Report on vaccination proceedings throughout the Government of Bengal -
Year: 1868
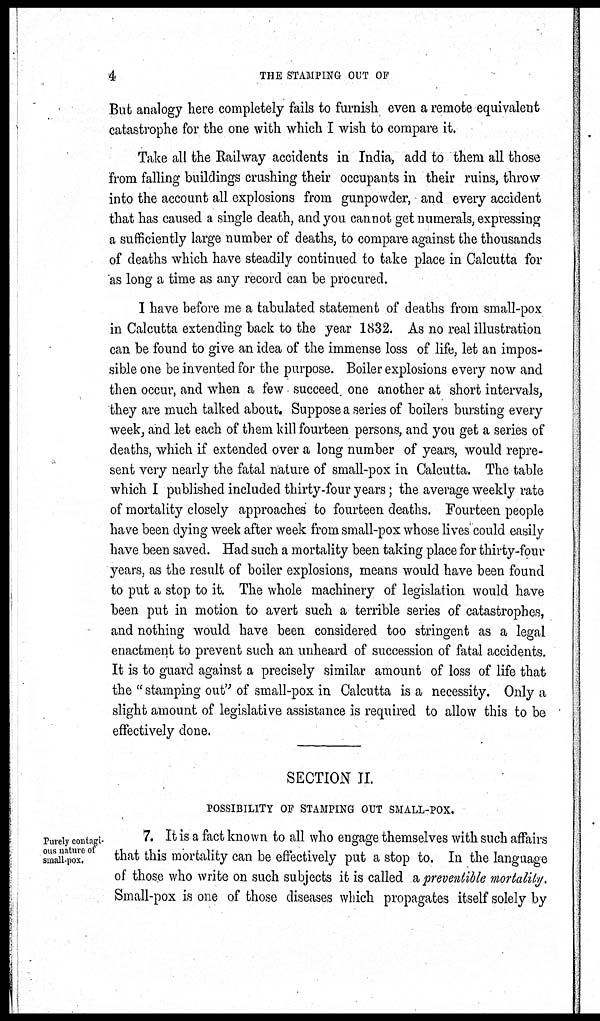
4.
THE STAMPING OUT OF
But analogy here completely fails to furnish even a remote equivalent
catastrophe for the one with which I wish to compare it.
Take all the Railway accidents in India, add to them all those
from falling buildings crushing their occupants in their ruins, throw
into the account all explosions from gunpowder, and every accident
that has caused a single death, and you cannot get numerals, expressing
a sufficiently large number of deaths, to compare against the thousands
of deaths which have steadily continued to take place in Calcutta for
as long a time as any record can be procured.
I have before me a tabulated statement of deaths from small-pox
in Calcutta extending back to the year 1832. As no real illustration
can be found to give an idea of the immense loss of life, let an impos-
sible one be invented for the purpose. Boiler explosions every now and
then occur, and when a few succeed one another at short intervals,
they are much talked about. Suppose a series of boilers bursting every
week, and let each of them kill fourteen persons, and you get a series of
deaths, which if extended over a long number of years, would repre-
sent very nearly the fatal nature of small-pox in Calcutta. The table
which I published included thirty-four years; the average weekly rate
of mortality closely approaches to fourteen deaths. Fourteen people
have been dying week after week from small-pox whose lives could easily
have been saved. Had such a mortality been taking place for thirty-four
years, as the result of boiler explosions, means would have been found
to put a stop to it. The whole machinery of legislation would have
been put in motion to avert such a terrible series of catastrophes,
and nothing would have been considered too stringent as a legal
enactment to prevent such an unheard of succession of fatal accidents.
It is to guard against a precisely similar amount of loss of life that
the " stamping out" of small-pox in Calcutta is a necessity. Only a
slight amount of legislative assistance is required to allow this to be
effectively done.
SECTION II.
POSSIBILITY OF STAMPING OUT SMALL-POX.
Purely contagi-
ous nature of
small-pox.
7. It is a fact known to all who engage themselves with such affairs
that this mortality can be effectively put a stop to. In the language
of those who write on such subjects it is called a preventible mortality.
Small-pox is one of those diseases which propagates itself solely by